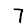
Digit: 7